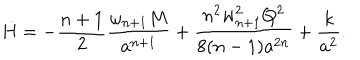
\dot { H } = - { \frac { n + 1 } { 2 } } { \frac { \omega _ { n + 1 } M } { a ^ { n + 1 } } } + { \frac { n ^ { 2 } w _ { n + 1 } ^ { 2 } Q ^ { 2 } } { 8 ( n - 1 ) a ^ { 2 n } } } + { \frac { k } { a ^ { 2 } } } .